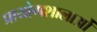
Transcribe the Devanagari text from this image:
प्रायोगशालाओं